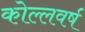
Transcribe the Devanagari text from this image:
कोल्लवर्ष